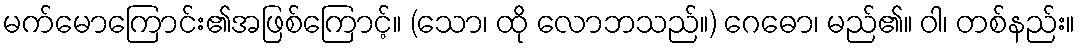
မက်မောကြောင်း၏အဖြစ်ကြောင့်။ (သော၊ ထို လောဘသည်။) ဂေဓော၊ မည်၏။ ဝါ၊ တစ်နည်း။